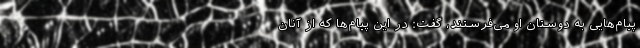
پیام‌هایی به دوستان او می‌فرستند، گفت: در این پیام‌ها که از آنان